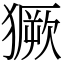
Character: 獗